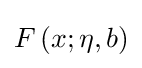
F\left(x;\eta ,b\right)